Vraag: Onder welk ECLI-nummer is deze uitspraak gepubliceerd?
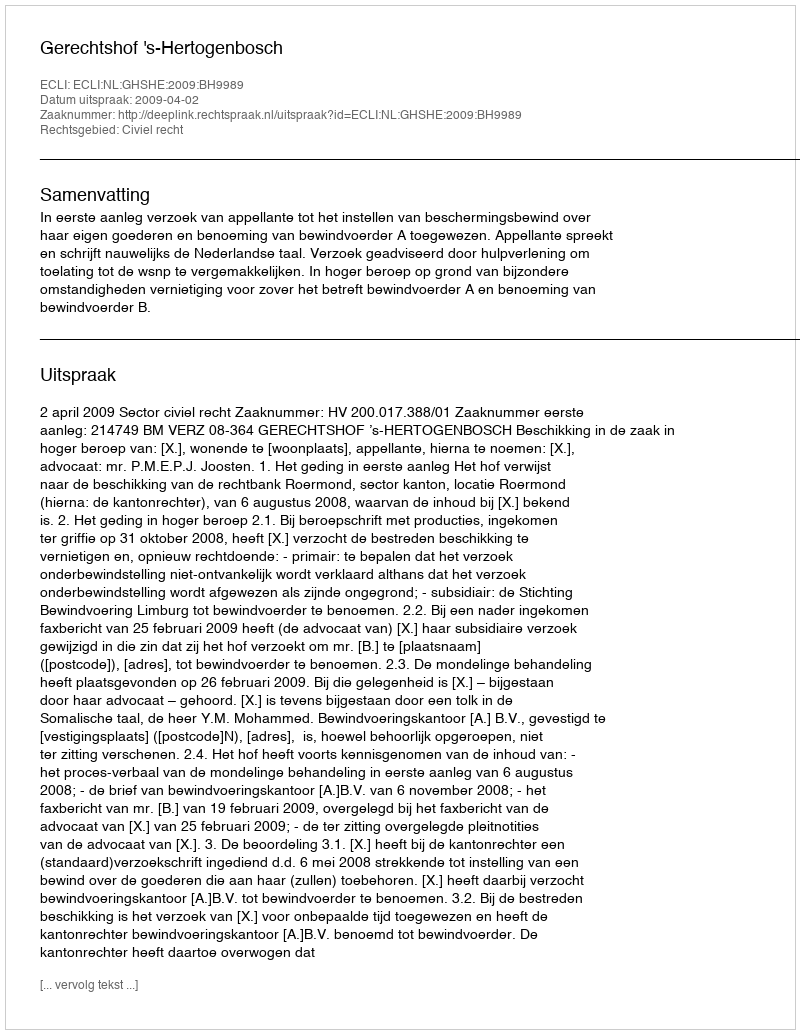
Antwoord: ECLI:NL:GHSHE:2009:BH9989